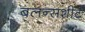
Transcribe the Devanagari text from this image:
बलन्सशीट